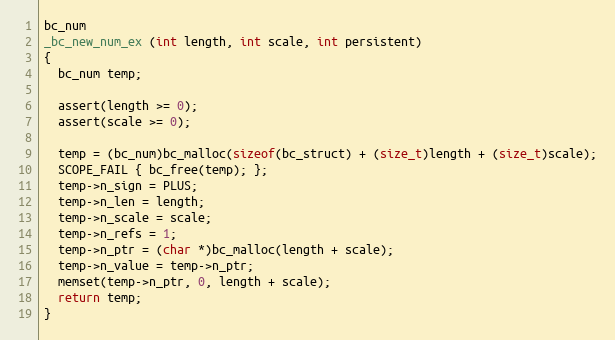
Language: C++
bc_num
_bc_new_num_ex (int length, int scale, int persistent)
{
  bc_num temp;

  assert(length >= 0);
  assert(scale >= 0);

  temp = (bc_num)bc_malloc(sizeof(bc_struct) + (size_t)length + (size_t)scale);
  SCOPE_FAIL { bc_free(temp); };
  temp->n_sign = PLUS;
  temp->n_len = length;
  temp->n_scale = scale;
  temp->n_refs = 1;
  temp->n_ptr = (char *)bc_malloc(length + scale);
  temp->n_value = temp->n_ptr;
  memset(temp->n_ptr, 0, length + scale);
  return temp;
}